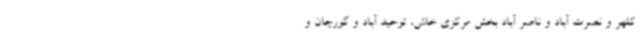
کلهر و نصرت آباد و ناصر آباد بخش مرکزی خاش، توحید آباد و گورچان و